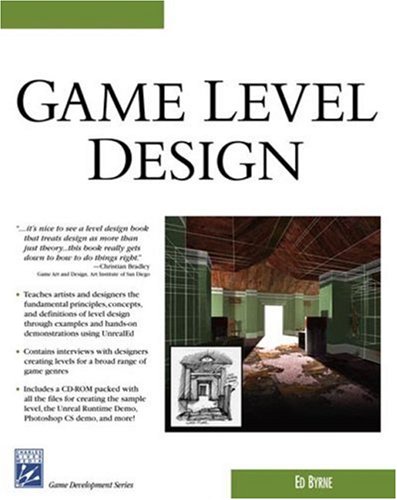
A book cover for Game Level Design (Charles River Media Game Development); Ed Byrne; Computers & Technology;